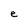
Character: e